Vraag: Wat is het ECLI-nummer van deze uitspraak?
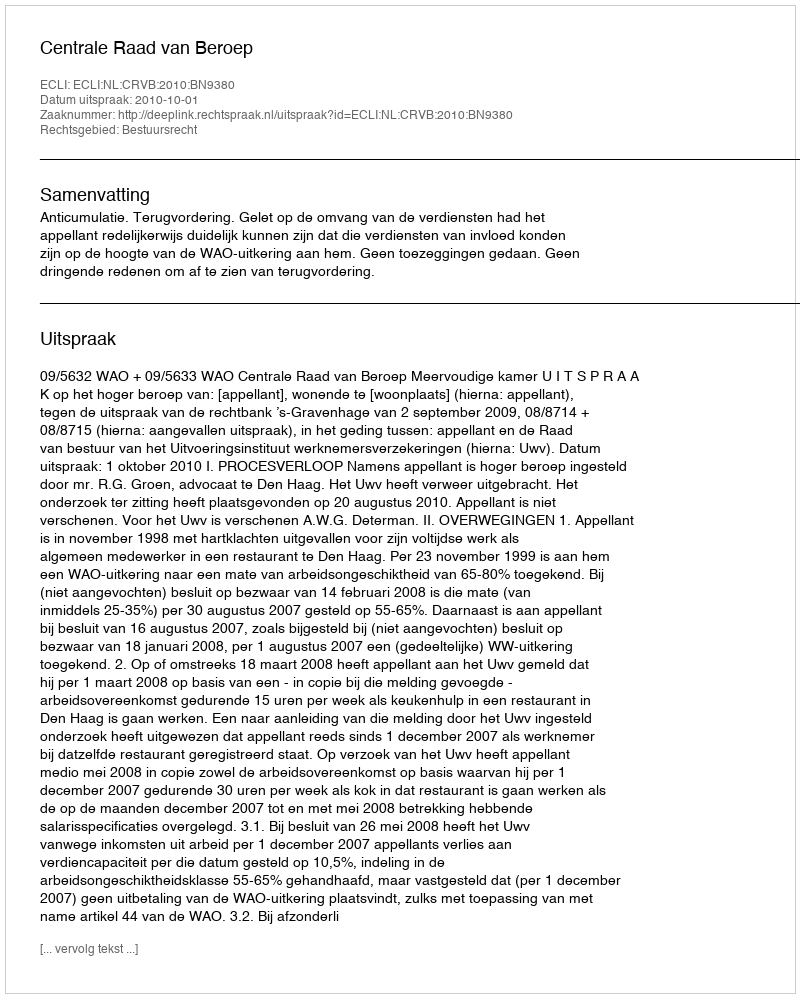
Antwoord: ECLI:NL:CRVB:2010:BN9380